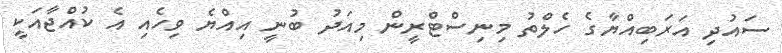
ސައުދި އަރަބިއްޔާގެ ހެލްތު މިނިސްޓްރީން މިއަދު ބުނީ އިއްޔެ ވިހެއި އެ ކުއްޖާއަކީ